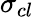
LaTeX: \sigma_{cl}